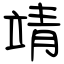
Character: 靖